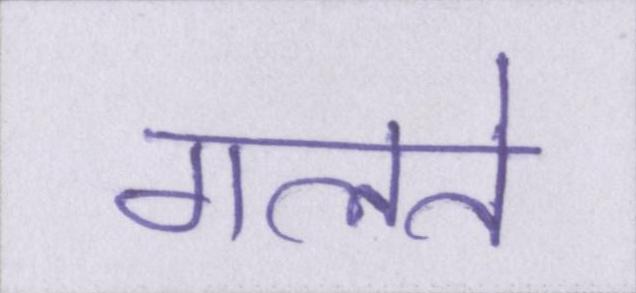
गलते